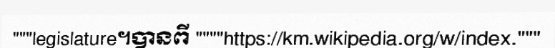
"""legislature។បានពី """"https://km.wikipedia.org/w/index."""